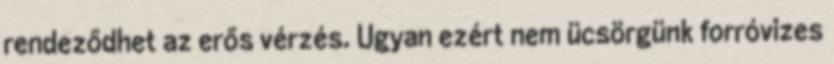
rendeződhet az erős vérzés. Ugyan ezért nem ücsörgünk forróvizes